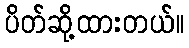
ပိတ်ဆို့ထားတယ်။